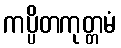
ကပ္ပိတကုတ္တမံ